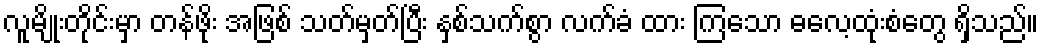
လူမျိုးတိုင်းမှာ တန်ဖိုး အဖြစ် သတ်မှတ်ပြီး နှစ်သက်စွာ လက်ခံ ထား ကြသော ဓလေ့ထုံးစံတွေ ရှိသည်။